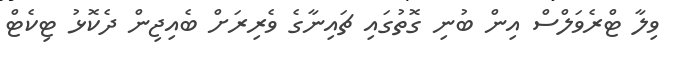
ވިލާ ޓްރެވަލްސް އިން ބުނި ގޮތުގައި ޗައިނާގެ ވެރިރަށް ބެއިޖިން ދެކޮޅު ޓިކެޓް